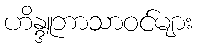
ဟိန္ဒူဘာသာဝင်များ